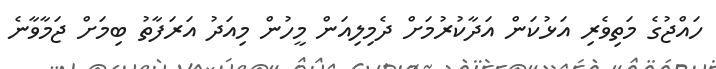
ހައްޖުގެ މަތިވެރި އަޅުކަން އަދާކުރުމަށް ދެމިލިއަން މީހުން މިއަދު އަރަފާތު ބިމަށް ޖަމާވާނެ